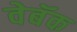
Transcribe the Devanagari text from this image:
वेबॅक